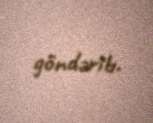
göndərib.